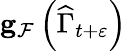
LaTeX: \mathbf{g}_{\mathcal{F}}\left(\widehat{\Gamma}_{t+\varepsilon}\right)